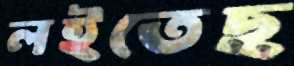
লইতেছ